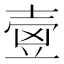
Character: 㚃